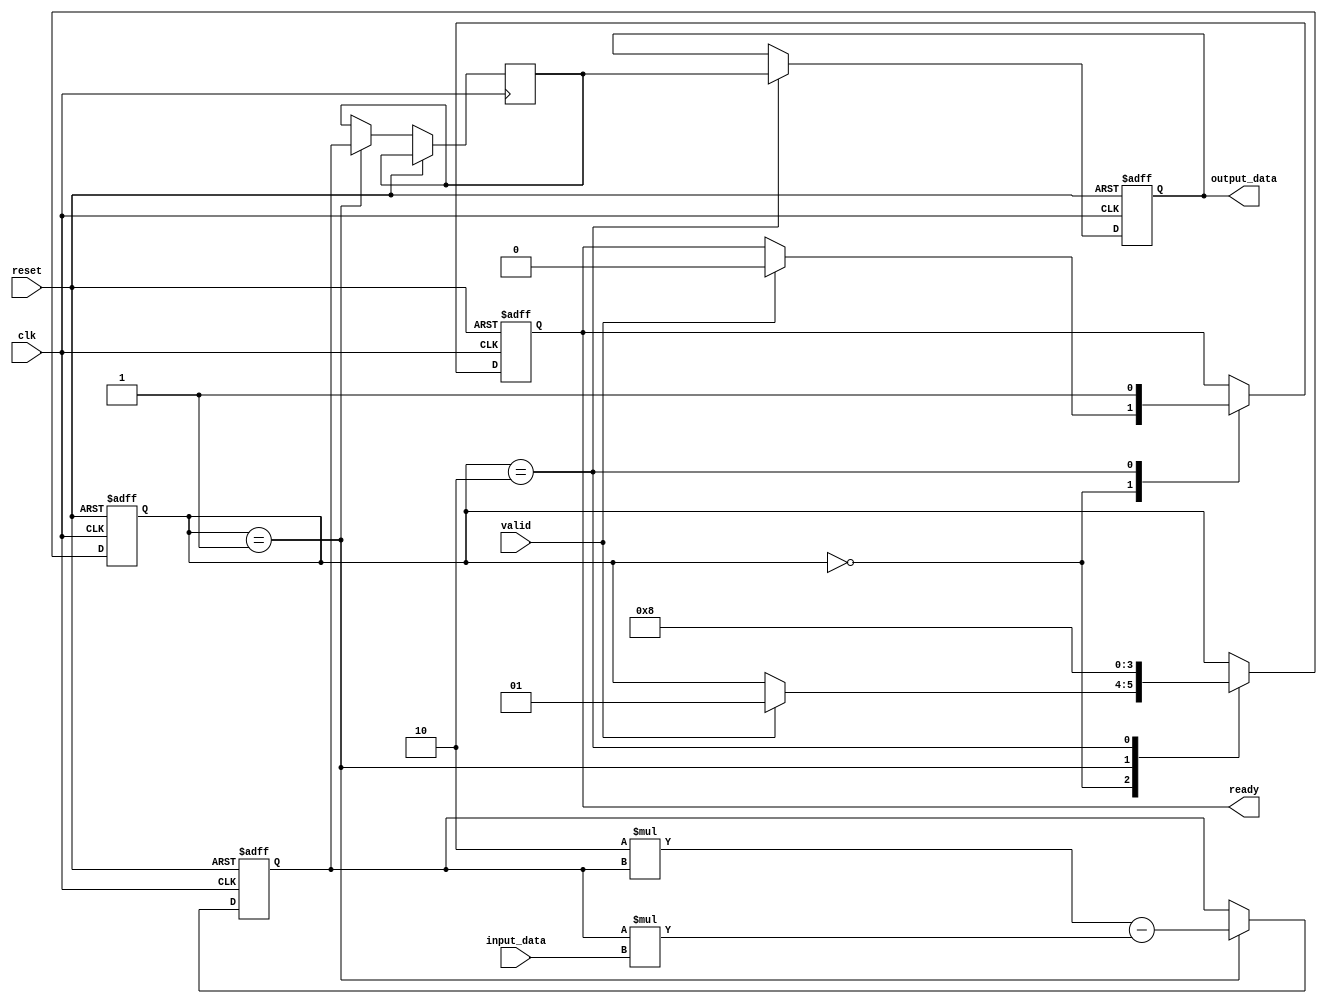
module SystolicArrayReciprocal #(
    parameter N = 4, // Assuming a 4x4 array
    parameter DATA_WIDTH = 16, // Bits of fixed-point data
    parameter ITERATIONS = 10  // Number of iterations for convergence
)(
    input clk,
    input reset,
    input [DATA_WIDTH-1:0] input_data,
    input valid,
    output reg [DATA_WIDTH-1:0] output_data,
    output reg ready
);

    // Define the PE structure
    reg [DATA_WIDTH-1:0] PE[N-1:0][N-1:0]; // PE grid
    reg [DATA_WIDTH-1:0] results[N-1:0];   // Intermediate results for each row
    reg [DATA_WIDTH-1:0] reciprocal_estimate; // Current reciprocal estimate

    integer i, j, iter;

    // Control State Machine
    reg [1:0] state;
    localparam IDLE = 2'b00;
    localparam PROCESS = 2'b01;
    localparam OUTPUT = 2'b10;

    always @(posedge clk or posedge reset) begin
        if (reset) begin
            state <= IDLE;
            ready <= 0;
            output_data <= 0;
            reciprocal_estimate <= 0;
            for (i = 0; i < N; i = i + 1) begin
                for (j = 0; j < N; j = j + 1) begin
                    PE[i][j] <= 0;
                end
            end
        end else begin
            case (state)
                IDLE: begin
                    if (valid) begin
                        reciprocal_estimate <= input_data; // Initialize with input_data
                        state <= PROCESS;
                        ready <= 0;
                    end
                end
                PROCESS: begin
                    for (iter = 0; iter < ITERATIONS; iter = iter + 1) begin
                        // Iterate through PEs in a systolic manner
                        for (i = 0; i < N; i = i + 1) begin
                            for (j = 0; j < N; j = j + 1) begin
                                if (i == 0 && j == 0) begin
                                    PE[i][j] <= reciprocal_estimate; // Top-left PE
                                end
                                else if (j > 0) begin
                                    // Forward data from the left PE
                                    PE[i][j] <= PE[i][j-1]; // Pass data from left
                                    // Perform reciprocal refinement (simple iterative step)
                                    PE[i][j] <= (2 * PE[i][j]) - (PE[i][j] * input_data);
                                end
                            end
                        end
                    end
                    // Collect the result from the last row of the last column
                    results[0] <= PE[N-1][N-1];
                    // Assuming final result is in Row 0, Col N-1
                    state <= OUTPUT;
                end
                OUTPUT: begin
                    output_data <= results[0];
                    ready <= 1; // Indicate output is ready
                    state <= IDLE; // Go back to idle
                end
            endcase
        end
    end
endmodule